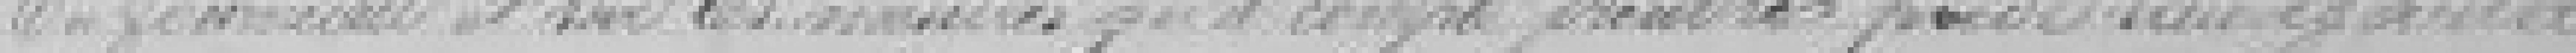
du fourneau et sur les mesures qu'il compte prendre pour ???